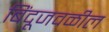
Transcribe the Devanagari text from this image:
बिंदूजवळील